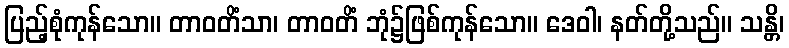
ပြည့်စုံကုန်သော။ တာဝတိံသာ၊ တာဝတိံ ဘုံ၌ဖြစ်ကုန်သော။ ဒေဝါ၊ နတ်တို့သည်။ သန္တိ၊